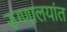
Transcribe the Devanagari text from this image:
रुग्णालयांत